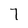
Character: 7